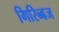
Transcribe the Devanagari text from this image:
गिरिब्बज